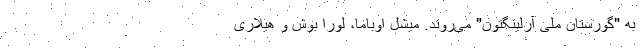
به "گورستان ملی آرلینگتون" می‌روند. میشل اوباما، لورا بوش و هیلاری